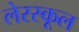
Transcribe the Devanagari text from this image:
लेरस्कूल